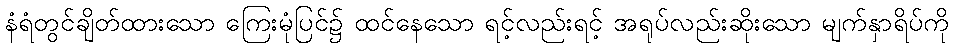
နံရံတွင်ချိတ်ထားသော ကြေးမုံပြင်၌ ထင်နေသော ရင့်လည်းရင့် အရုပ်လည်းဆိုးသော မျက်နှာရိပ်ကို